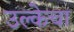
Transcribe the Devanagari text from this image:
उल्केचा